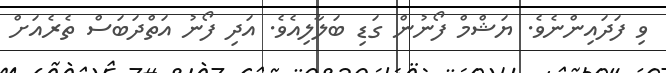
ވި ފަދައިންނެވެ. ޔަޝްމް ފޯނުން ގަޑި ބަލާލިއެވެ. އަދި ފޯނު އަތްދަބަސް ތެރެއަށް